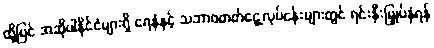
ထို့ပြင် အဆိုပါနိုင်ငံများရှိ ရေနံနှင့် သဘာဝဓာတ်ငွေ့လုပ်ငန်းများတွင် ရင်းနှီးမြှုပ်နှံရန်